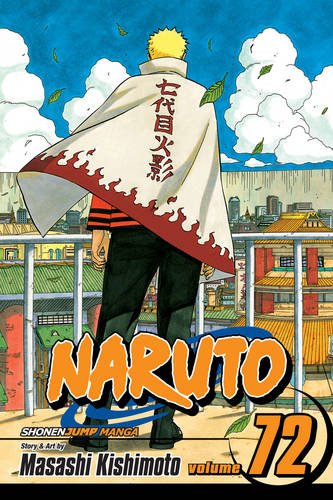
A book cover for Naruto, Vol. 72; Masashi Kishimoto; Comics & Graphic Novels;